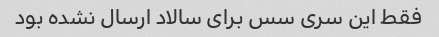
فقط این سری سس برای سالاد ارسال نشده بود